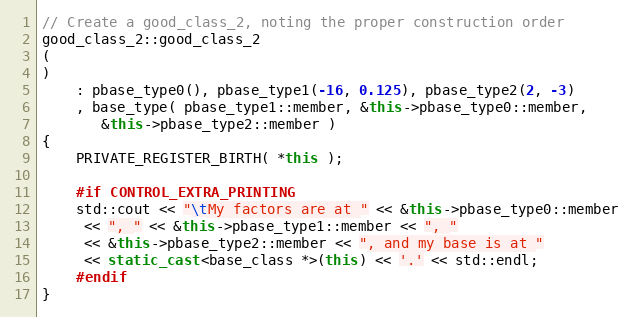
Language: C++
// Create a good_class_2, noting the proper construction order
good_class_2::good_class_2
(
)
    : pbase_type0(), pbase_type1(-16, 0.125), pbase_type2(2, -3)
    , base_type( pbase_type1::member, &this->pbase_type0::member,
       &this->pbase_type2::member )
{
    PRIVATE_REGISTER_BIRTH( *this );

    #if CONTROL_EXTRA_PRINTING
    std::cout << "\tMy factors are at " << &this->pbase_type0::member
     << ", " << &this->pbase_type1::member << ", "
     << &this->pbase_type2::member << ", and my base is at "
     << static_cast<base_class *>(this) << '.' << std::endl;
    #endif
}